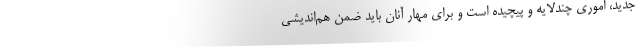
جدید، اموری چندلایه و پیچیده است و برای مهار آنان باید ضمن هم‌اندیشی